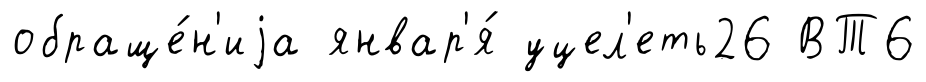
обраще́н'иjа январ'я́ уцел'еть26 ВТ6